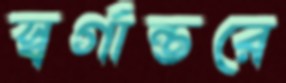
স্বর্গান্তরে